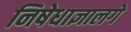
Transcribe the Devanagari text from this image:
निषेधाज्ञालगे